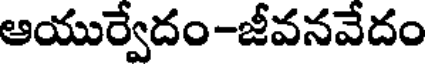
ఆయుర్వేదం-జీవనవేదం